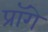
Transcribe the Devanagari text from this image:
प्रॉगे